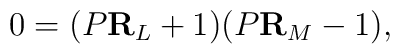
0=(P{\bf R}_{L}+1)(P{\bf R}_{M} -1),